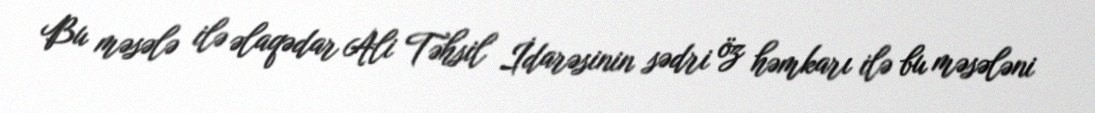
Bu məsələ ilə əlaqədar Ali Təhsil İdarəsinin sədri öz həmkarı ilə bu məsələni